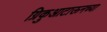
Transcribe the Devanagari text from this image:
ग्रिकुआटाऊनच्या